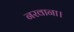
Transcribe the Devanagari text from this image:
नरवाना।